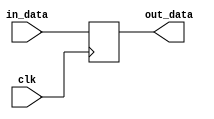
`timescale 1ns / 1ps
//////////////////////////////////////////////////////////////////////////////////
// Company: None
// 
// Design Name: DataDelay
// Module Name: DataDelay
// Project Name: Image processing project
// Target Devices: 
// Tool Versions: 
// Description: 
// 
// Dependenrgb24es: 
// 
// Revision:
// Revision 0.01 - File Created
// Additional Comments:
// 
//////////////////////////////////////////////////////////////////////////////////


module DataDelay(clk, in_data, out_data);

	parameter data_width = 8;
	parameter delay = 1;

	input clk;
	input[data_width - 1 : 0] in_data;
	output[data_width - 1 : 0] out_data;

	genvar i;
	generate
		for (i = 0; i < delay; i = i + 1) begin : pip
			reg[data_width - 1 : 0] tmp;
			if(i == 0) begin
				always @(posedge clk)
					tmp <= in_data;
			end else begin
				always @(posedge clk)
					tmp <= pip[i - 1].tmp;
			end
		end

		assign out_data = pip[delay - 1].tmp;

	endgenerate
	

endmodule